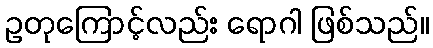
ဥတုကြောင့်လည်း ရောဂါ ဖြစ်သည်။